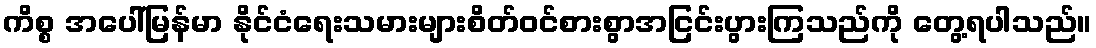
ကိစ္စ အပေါ်မြန်မာ နိုင်ငံရေးသမားများစိတ်ဝင်စားစွာအငြင်းပွားကြသည်ကို တွေ့ရပါသည်။